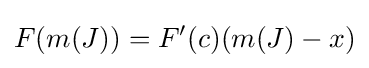
F(m(J))=F'(c)(m(J)-x)